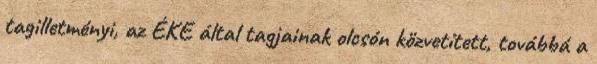
tagilletményi, az ÉKE által tagjainak olcsón közvetített, továbbá a